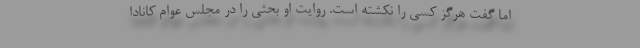
اما گفت هرگز کسی را نکشته است. روایت او بحثی را در مجلس عوام کانادا